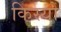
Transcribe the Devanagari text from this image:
किस्यो